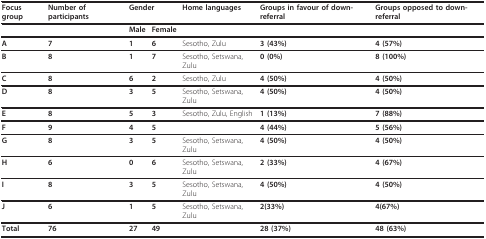
| Focus group | Number of participants | <COLSPAN=2> Gender | Home languages | Groups in favour of down-referral | Groups opposed to down-referral |
 | --- | --- | --- | --- | --- | --- | --- |
 |  |  | Male | Female |  |  |  |
 | A | 7 | 1 | 6 | Sesotho, Zulu | 3 (43%) | 4 (57%) |
 | B | 8 | 1 | 7 | Sesotho, Setswana, Zulu | 0 (0%) | 8 (100%) |
 | C | 8 | 6 | 2 | Sesotho, Zulu | 4 (50%) | 4 (50%) |
 | D | 8 | 3 | 5 | Sesotho, Setswana, Zulu | 4 (50%) | 4 (50%) |
 | E | 8 | 5 | 3 | Sesotho, Zulu, English | 1 (13%) | 7 (88%) |
 | F | 9 | 4 | 5 |  | 4 (44%) | 5 (56%) |
 | G | 8 | 3 | 5 | Sesotho, Setswana, Zulu | 4 (50%) | 4 (50%) |
 | H | 6 | 0 | 6 | Sesotho, Setswana, Zulu | 2 (33%) | 4 (67%) |
 | I | 8 | 3 | 5 | Sesotho, Setswana, Zulu | 4 (50%) | 4 (50%) |
 | J | 6 | 1 | 5 | Sesotho, Setswana, Zulu | 2(33%) | 4(67%) |
 | Total | 76 | 27 | 49 |  | 28 (37%) | 48 (63%) |